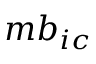
m b _ { i c }